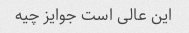
این عالی است جوایز چیه